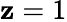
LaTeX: \mathbf{z}=1